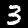
Digit: 3